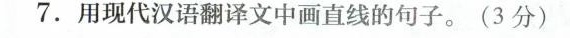
7.用现代汉语翻译文中画直线的句子。